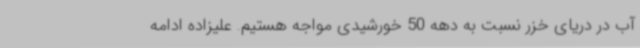
آب در دریای خزر نسبت به دهه 50 خورشیدی مواجه هستیم. علیزاده ادامه